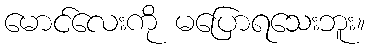
မောင်လေးကို မပြောရသေးဘူး။